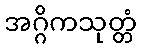
အဂ္ဂိကသုတ္တံ